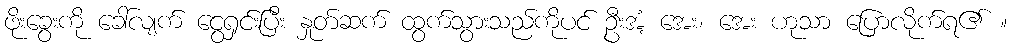
ဖိုးခွေးကို ခေါ်လျက် ငွေရှင်းပြီး နှုတ်ဆက် ထွက်သွားသည်ကိုပင် ဦးအံ့ အေး၊ အေး ဟုသာ ပြောလိုက်ရ၏ ။